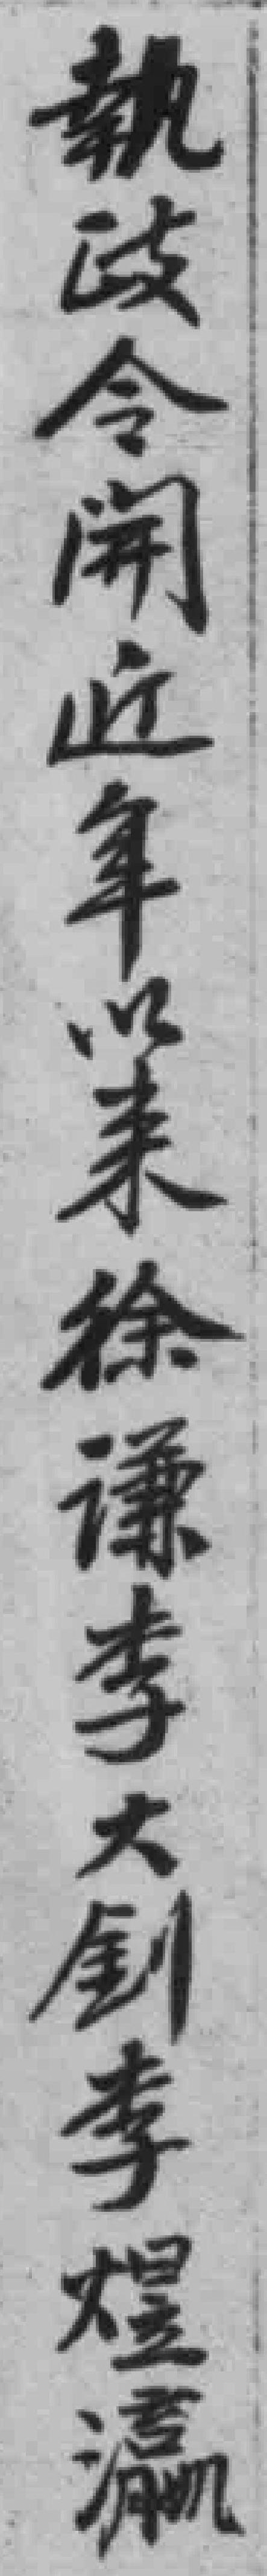
執政令開近年未徐谦李大剑李煜瀛